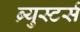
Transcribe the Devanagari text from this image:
ब्र्युस्टर्स